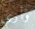
وأرى